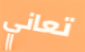
تعاني